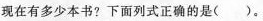
现在有多少本书?下面列式正确的是( )。